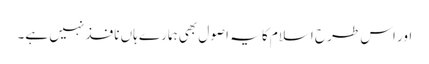
اور اس طرح اسلام کا یہ اصول بھی ہمارے ہاں نافذ نہیں ہے۔